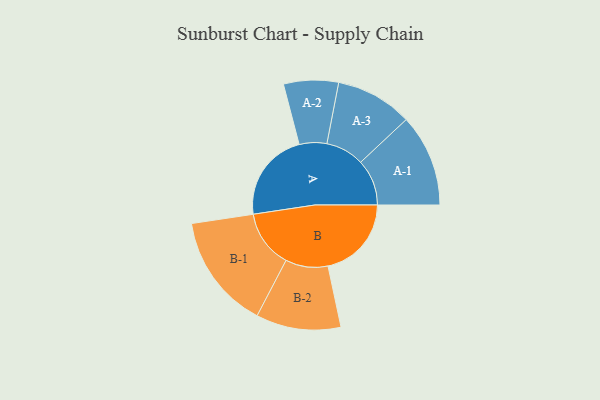
{"axis": {"x": "Segment", "y": "Value"}, "legend": ["", "A", "B"], "data": [{"x": "A", "y": 383, "type": ""}, {"x": "B", "y": 356, "type": ""}, {"x": "A-1", "y": 197, "type": "A"}, {"x": "A-2", "y": 117, "type": "A"}, {"x": "A-3", "y": 164, "type": "A"}, {"x": "B-1", "y": 246, "type": "B"}, {"x": "B-2", "y": 181, "type": "B"}]}